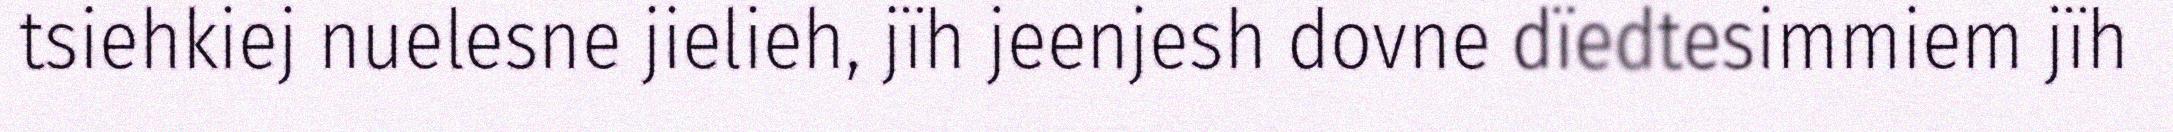
tsiehkiej nuelesne jielieh, jïh jeenjesh dovne dïedtesimmiem jïh